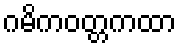
ဂမိကဝတ္တကထာ